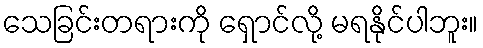
သေခြင်းတရားကို ရှောင်လို့ မရနိုင်ပါဘူး။